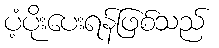
ပံ့ပိုးပေးရန်ဖြစ်သည်